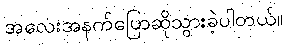
အလေးအနက်ပြောဆိုသွားခဲ့ပါတယ်။